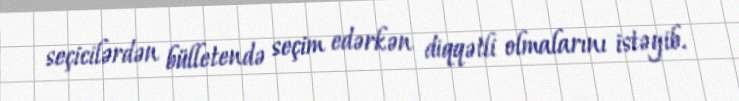
seçicilərdən bülletendə seçim edərkən diqqətli olmalarını istəyib.